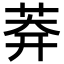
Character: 𦰃